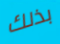
بذلك